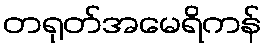
တရုတ်အမေရိကန်